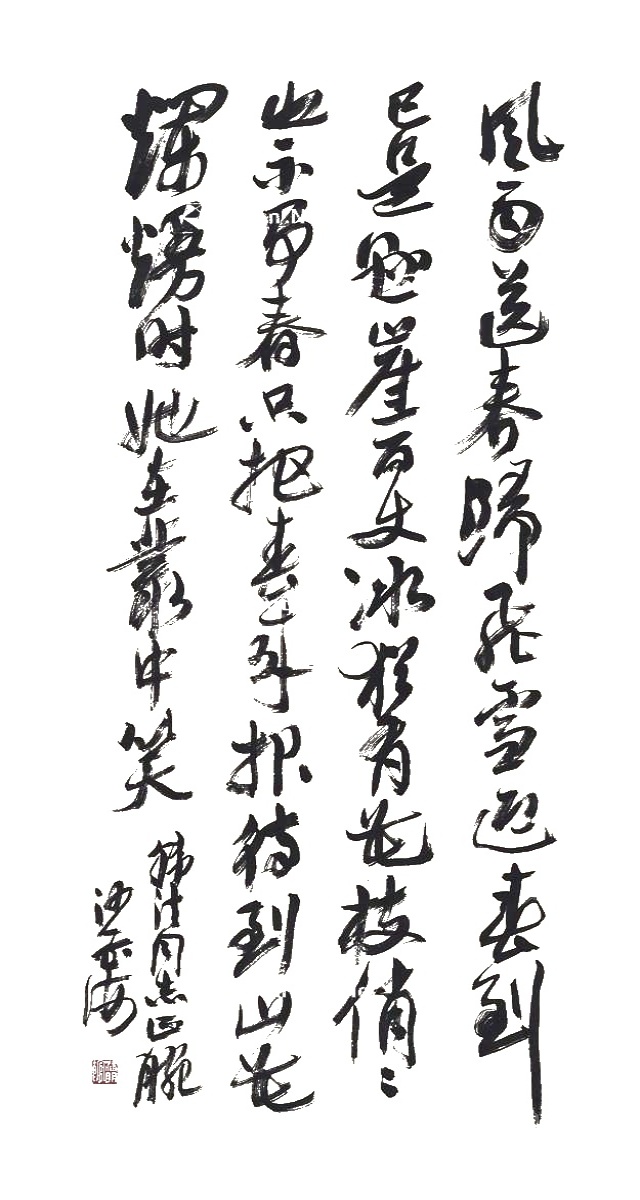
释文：风雨送春归，飞雪迎春到。已是悬崖百丈冰，犹有花枝俏。俏也不争春，只把春来报。待到山花烂熳时，她在丛中笑。韩法同志正腕，沙孟海。